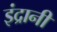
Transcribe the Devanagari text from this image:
इंद्रानी